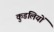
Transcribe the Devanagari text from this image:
कुडंलियों